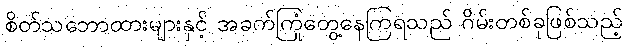
စိတ်သဘောထားများနှင့် အခက်ကြုံတွေ့နေကြရသည် ဂိမ်းတစ်ခုဖြစ်သည့်